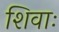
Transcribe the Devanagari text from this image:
शिवाः